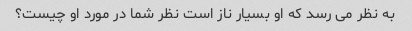
به نظر می رسد که او بسیار ناز است نظر شما در مورد او چیست؟